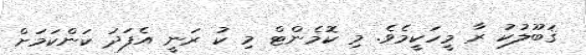
ޤަބޫލުކު ރާ މީހަކީމެވެ. މި ކޮމެންޓް މި ކު ރަނީ އެފަދަ ކަންކަމަށް